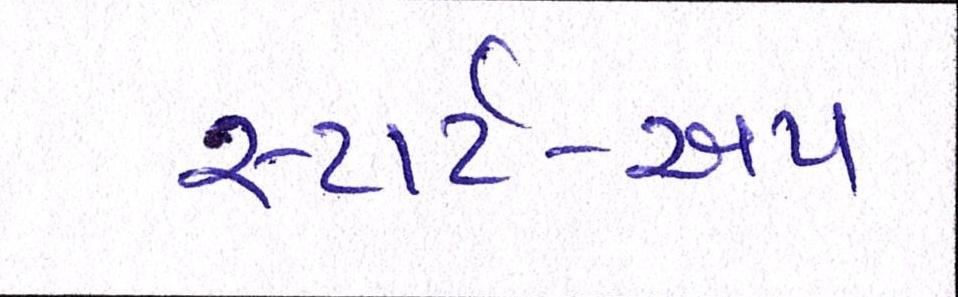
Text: સ્ટાર્ટ-અપ